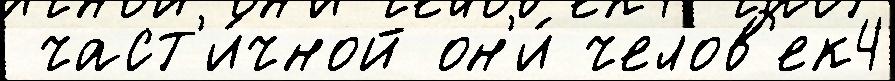
 част'и́чной он'и́ челов'ек4